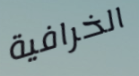
الخرافية